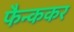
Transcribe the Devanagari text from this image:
फैन्ककर